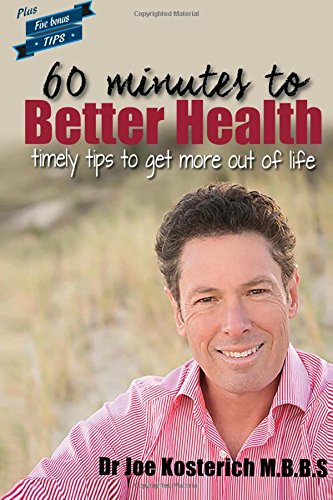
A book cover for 60 minutes to Better Health: timely tips to get more out of life; Dr Joe Kosterich; Health, Fitness & Dieting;